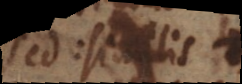
seu similis